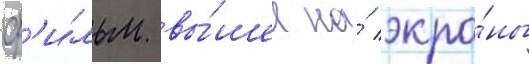
Ф'и́льм вы́шел на́ экра́ны